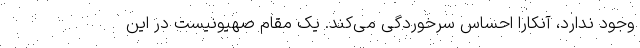
وجود ندارد، آنکارا احساس سرخوردگی می‌کند. یک مقام صهیونیست در این